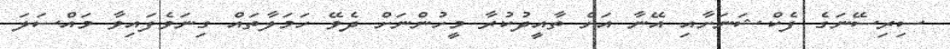
ސިރިސޭނަގެ ފެކްޝަނަށާއި އޭނާ އަށް ތާއީދުކުރާ މީހުންނަށް ދެވޭ ހަމަލާތައް ގިނަވެފައިވާ މައްސަލަ